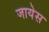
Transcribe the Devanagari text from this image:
जायेस